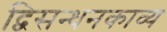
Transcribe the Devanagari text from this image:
द्विसन्धनकाव्य